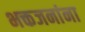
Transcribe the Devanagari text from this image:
भक्तजनांना